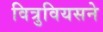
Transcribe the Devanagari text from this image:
वित्रुवियसने